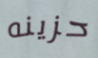
حزينه